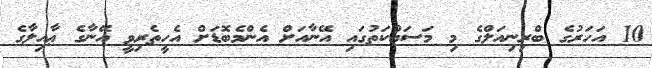
10 އަހަރުގެ ބްރިނިއަލްގެ މި މަސައްކަތުގައި އޭނާއަށް އެންމެބޮޑަށް އެހީތެރިވީ އޭނާގެ ޢާއިލާގެ